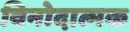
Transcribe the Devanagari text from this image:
विनोदात्मक